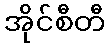
အိုင်စီတီ